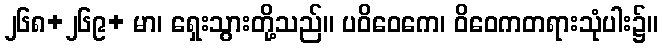
၂၆၈+၂၆၉+ မာ၊ ရှေးသွားတို့သည်။ ပဝိဝေကေ၊ ဝိဝေကတရားသုံပါး၌။